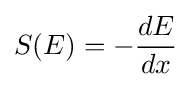
S(E)=-{dE \over dx}